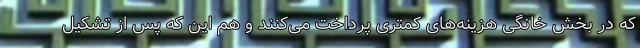
که در بخش خانگی هزینه‌های کمتری پرداخت می‌کنند و هم این که پس از تشکیل